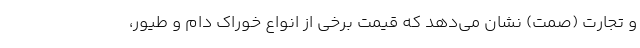
و تجارت (صمت) نشان می‌دهد که قیمت برخی از انواع خوراک دام و طیور،